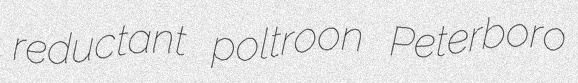
reductant poltroon Peterboro